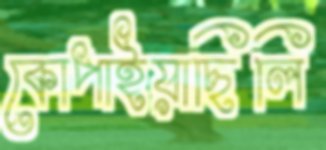
কোপাইয়াছিলি